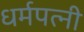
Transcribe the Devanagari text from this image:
धर्मपत्‍नी